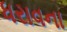
ધરાવના